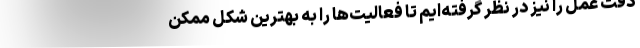
دقت عمل را نیز در نظر گرفته‌ایم تا فعالیت‌ها را به بهترین شکل ممکن